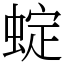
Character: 蝊